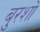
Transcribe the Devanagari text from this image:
बुरशो